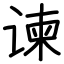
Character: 谏